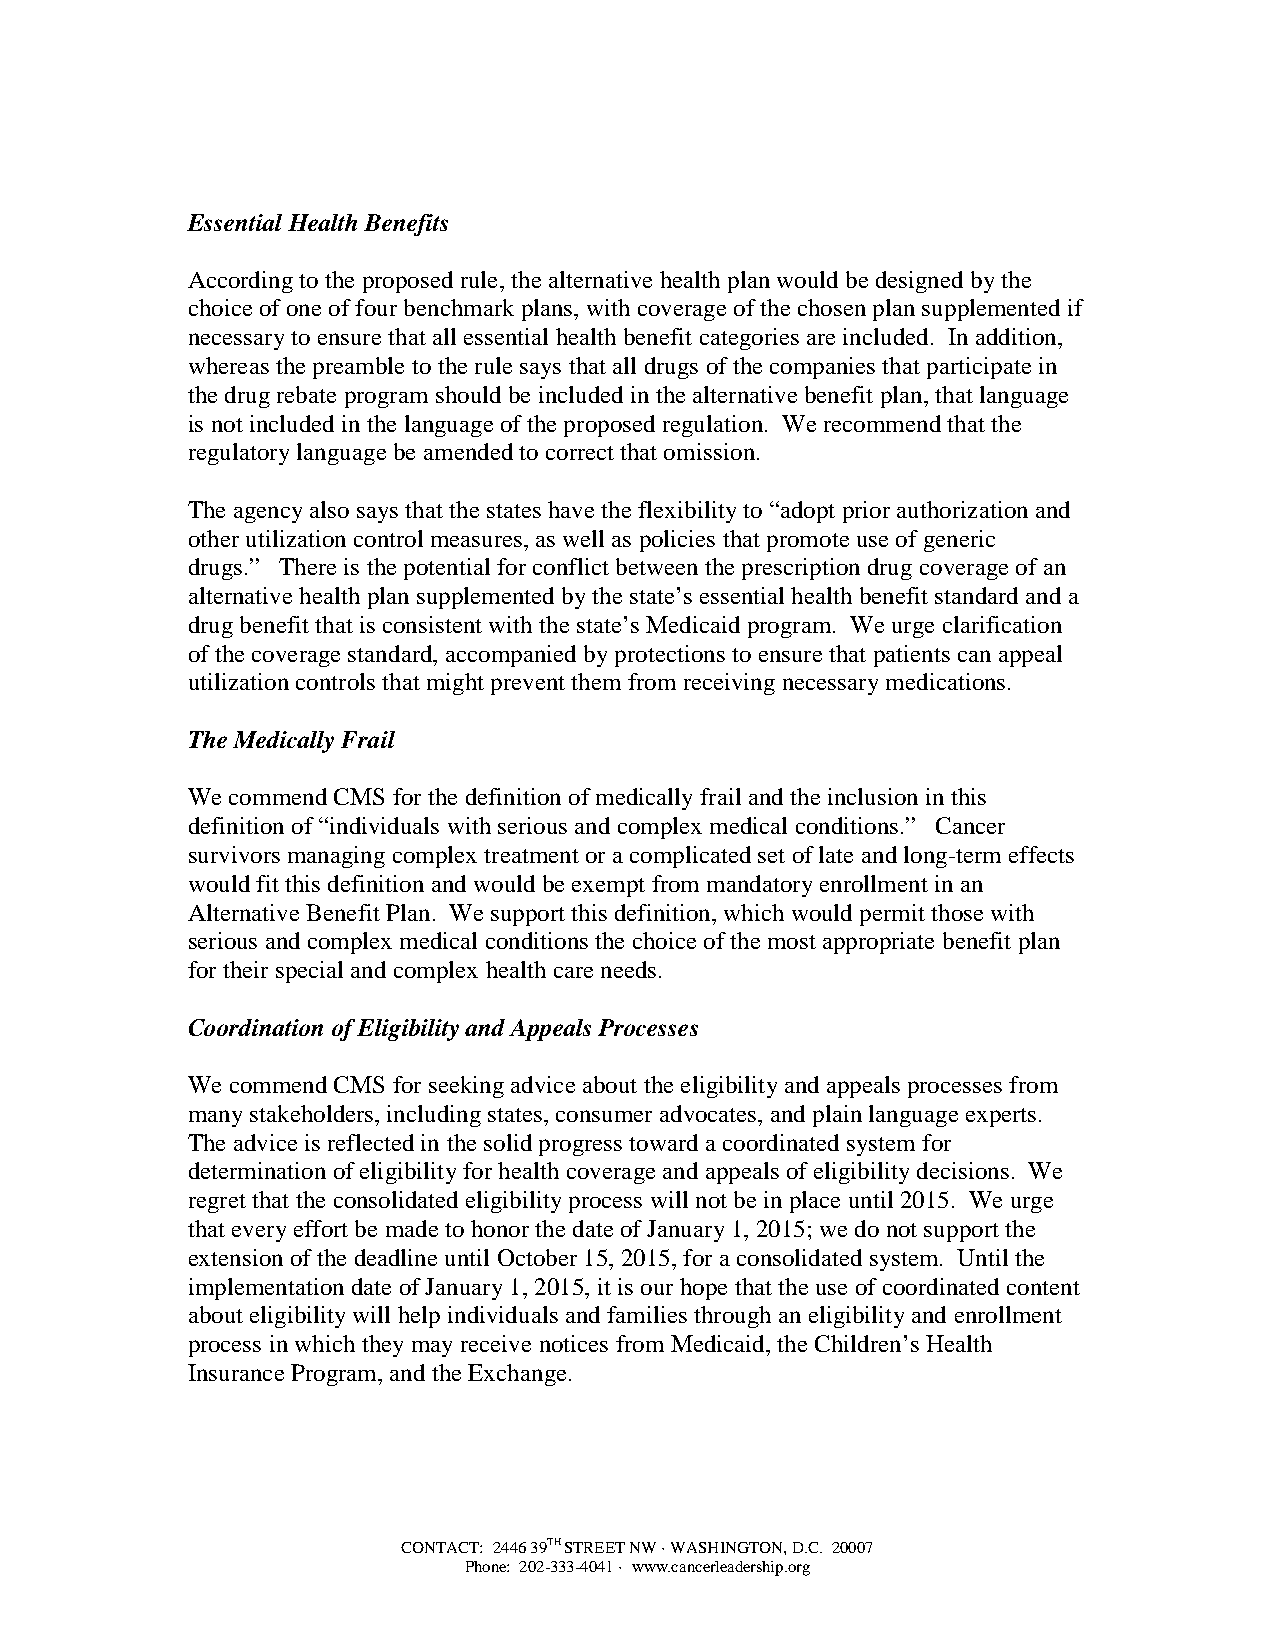
Essential Health Benefits
 According to the proposed rule, the alternative health plan would be designed by the
 choice of one of four benchmark plans, with coverage of the chosen plan supplemented if
 necessary to ensure that all essential health benefit categories are included. In addition,
 whereas the preamble to the rule says that all drugs of the companies that participate in
 the drug rebate program should be included in the alternative benefit plan, that language
 is not included in the language of the proposed regulation. We recommend that the
 regulatory language be amended to correct that omission.
 The agency also says that the states have the flexibility to “adopt prior authorization and
 other utilization control measures, as well as policies that promote use of generic
 drugs.” There is the potential for conflict between the prescription drug coverage of an
 alternative health plan supplemented by the state’s essential health benefit standard and a
 drug benefit that is consistent with the state’s Medicaid program. We urge clarification
 of the coverage standard, accompanied by protections to ensure that patients can appeal
 utilization controls that might prevent them from receiving necessary medications.
 The Medically Frail
 We commend CMS for the definition of medically frail and the inclusion in this
 definition of “individuals with serious and complex medical conditions.” Cancer
 survivors managing complex treatment or a complicated set of late and long-term effects
 would fit this definition and would be exempt from mandatory enrollment in an
 Alternative Benefit Plan. We support this definition, which would permit those with
 serious and complex medical conditions the choice of the most appropriate benefit plan
 for their special and complex health care needs.
 Coordination of Eligibility and Appeals Processes
 We commend CMS for seeking advice about the eligibility and appeals processes from
 many stakeholders, including states, consumer advocates, and plain language experts.
 The advice is reflected in the solid progress toward a coordinated system for
 determination of eligibility for health coverage and appeals of eligibility decisions. We
 regret that the consolidated eligibility process will not be in place until 2015. We urge
 that every effort be made to honor the date of January 1, 2015; we do not support the
 extension of the deadline until October 15, 2015, for a consolidated system. Until the
 implementation date of January 1, 2015, it is our hope that the use of coordinated content
 about eligibility will help individuals and families through an eligibility and enrollment
 process in which they may receive notices from Medicaid, the Children’s Health
 Insurance Program, and the Exchange.
 CONTACT: 2446 39TH STREET NW · WASHINGTON, D.C. 20007
 Phone: 202-333-4041 · www.cancerleadership.org